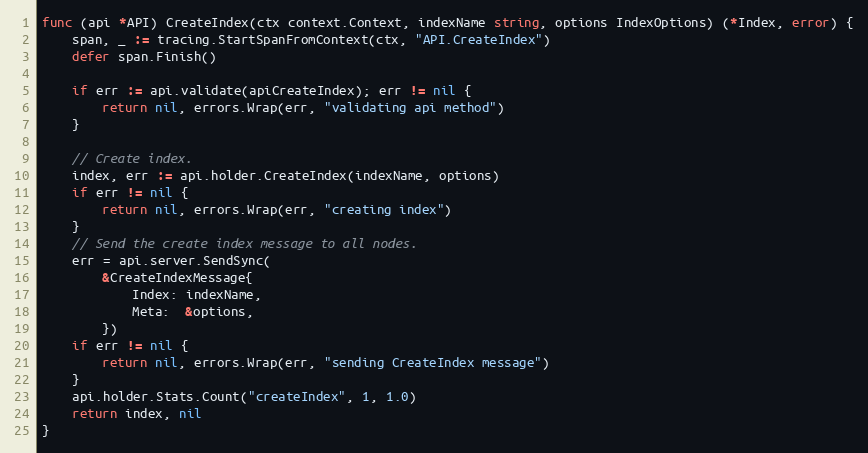
Language: Go
func (api *API) CreateIndex(ctx context.Context, indexName string, options IndexOptions) (*Index, error) {
	span, _ := tracing.StartSpanFromContext(ctx, "API.CreateIndex")
	defer span.Finish()

	if err := api.validate(apiCreateIndex); err != nil {
		return nil, errors.Wrap(err, "validating api method")
	}

	// Create index.
	index, err := api.holder.CreateIndex(indexName, options)
	if err != nil {
		return nil, errors.Wrap(err, "creating index")
	}
	// Send the create index message to all nodes.
	err = api.server.SendSync(
		&CreateIndexMessage{
			Index: indexName,
			Meta:  &options,
		})
	if err != nil {
		return nil, errors.Wrap(err, "sending CreateIndex message")
	}
	api.holder.Stats.Count("createIndex", 1, 1.0)
	return index, nil
}